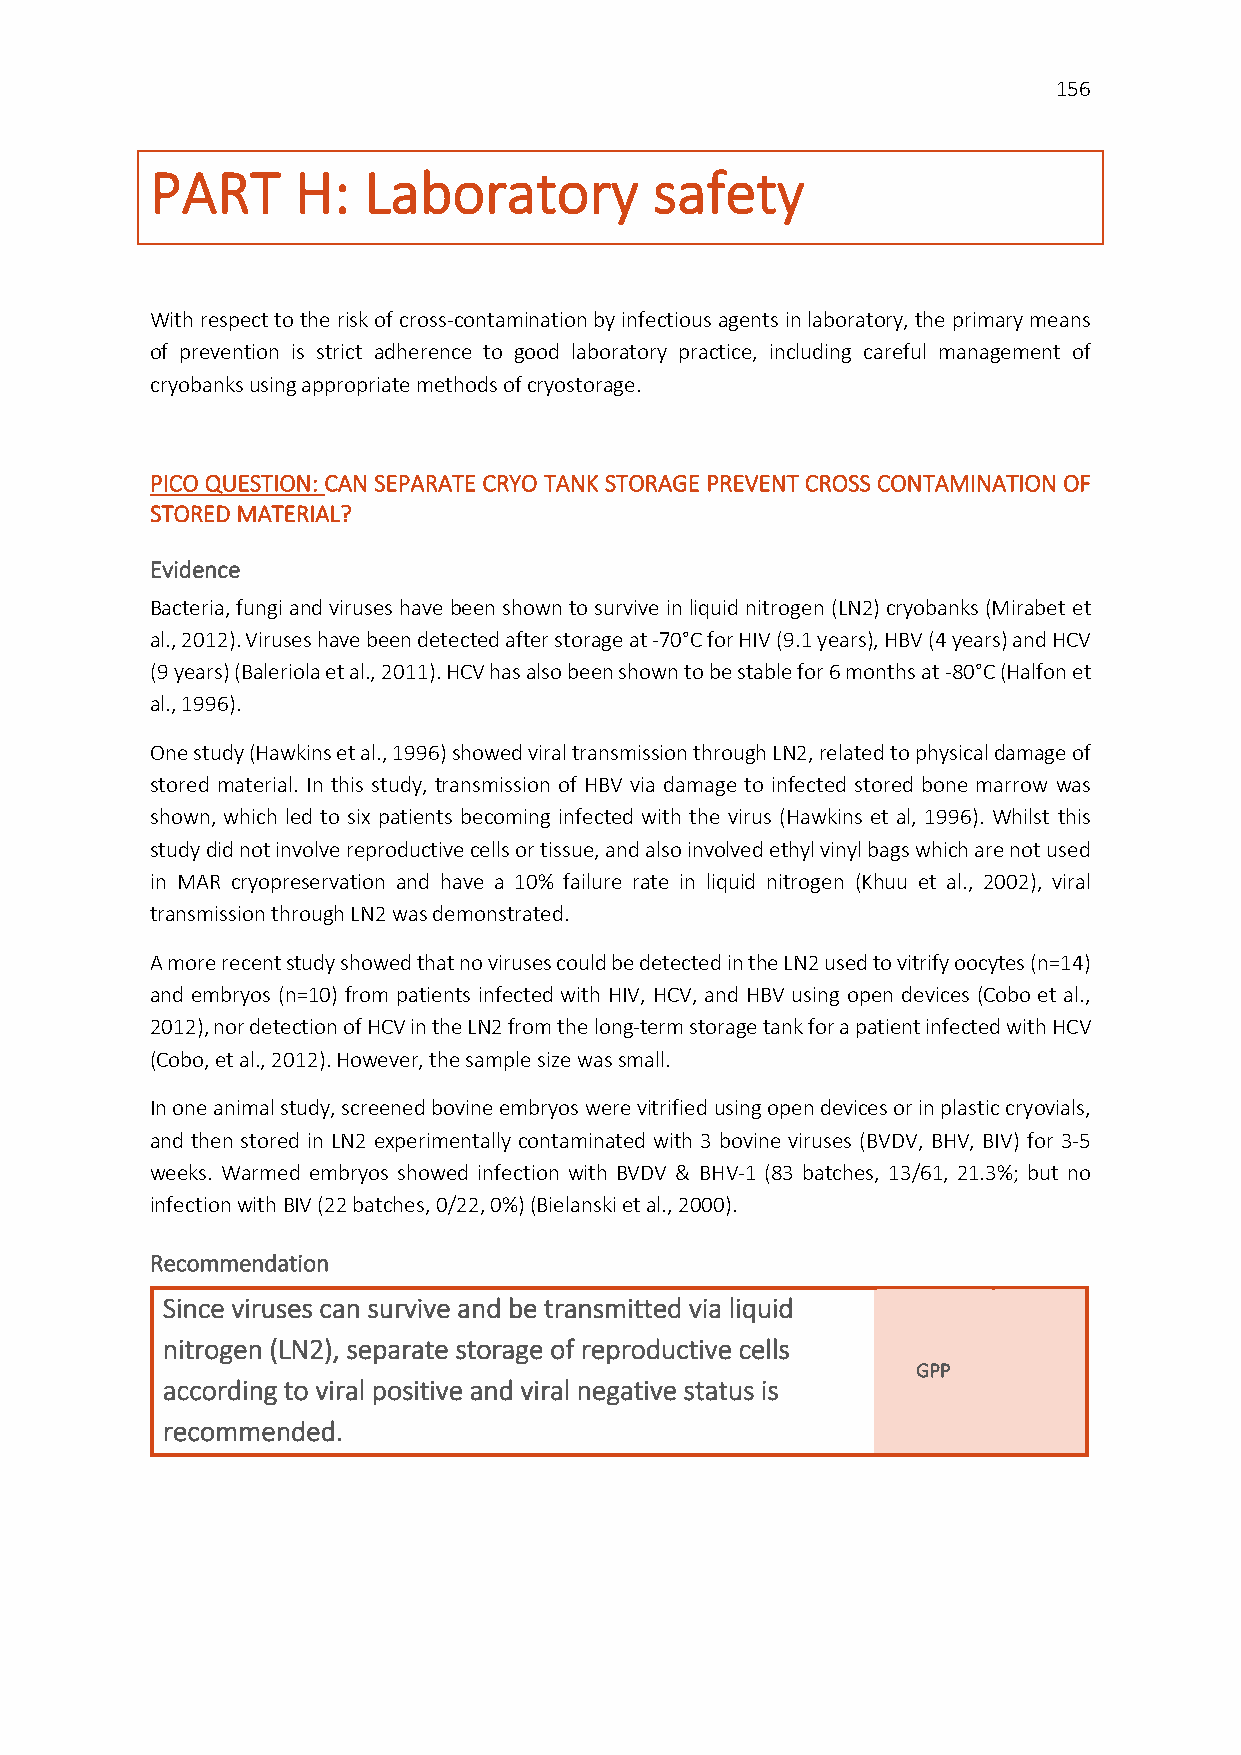
156
 PART      H:  Laboratory         safety
 With respect to the risk of cross-contamination by infectious agents in laboratory, the primary means
 of prevention is strict adherence to good laboratory practice, including careful management of
 cryobanks using appropriate methods of cryostorage.
 PICO QUESTION: CAN SEPARATE CRYO TANK STORAGE PREVENT CROSS CONTAMINATION OF
 STORED MATERIAL?
 Evidence
 Bacteria, fungi and viruses have been shown to survive in liquid nitrogen (LN2) cryobanks (Mirabet et
 al., 2012). Viruses have been detected after storage at -70°C for HIV (9.1 years), HBV (4 years) and HCV
 (9 years) (Baleriola et al., 2011). HCV has also been shown to be stable for 6 months at -80°C (Halfon et
 al., 1996).
 One study (Hawkins et al., 1996) showed viral transmission through LN2, related to physical damage of
 stored material. In this study, transmission of HBV via damage to infected stored bone marrow was
 shown, which led to six patients becoming infected with the virus (Hawkins et al, 1996). Whilst this
 study did not involve reproductive cells or tissue, and also involved ethyl vinyl bags which are not used
 in MAR cryopreservation and have a 10% failure rate in liquid nitrogen (Khuu et al., 2002), viral
 transmission through LN2 was demonstrated.
 A more recent study showed that no viruses could be detected in the LN2 used to vitrify oocytes (n=14)
 and embryos (n=10) from patients infected with HIV, HCV, and HBV using open devices (Cobo et al.,
 2012), nor detection of HCV in the LN2 from the long-term storage tank for a patient infected with HCV
 (Cobo, et al., 2012). However, the sample size was small.
 In one animal study, screened bovine embryos were vitrified using open devices or in plastic cryovials,
 and then stored in LN2 experimentally contaminated with 3 bovine viruses (BVDV, BHV, BIV) for 3-5
 weeks. Warmed embryos showed infection with BVDV & BHV-1 (83 batches, 13/61, 21.3%; but no
 infection with BIV (22 batches, 0/22, 0%) (Bielanski et al., 2000).
 Recommendation
 Since viruses can survive and be transmitted via liquid
 nitrogen (LN2), separate storage of reproductive cells
 GPP
 according to viral positive and viral negative status is
 recommended.